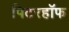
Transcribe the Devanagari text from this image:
पिटरहॉफ